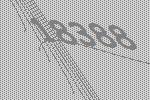
18388